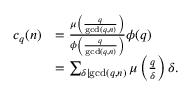
{ \begin{array} { r l } { c _ { q } ( n ) } & { = { \frac { \mu \left( { \frac { q } { \operatorname* { g c d } ( q , n ) } } \right) } { \phi \left( { \frac { q } { \operatorname* { g c d } ( q , n ) } } \right) } } \phi ( q ) } \\ & { = \sum _ { \delta \mid \operatorname* { g c d } ( q , n ) } \mu \left( { \frac { q } { \delta } } \right) \delta . } \end{array} }